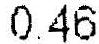
0.46